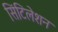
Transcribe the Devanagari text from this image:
सिंटिलेशन